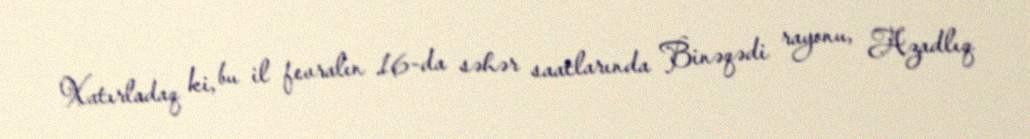
Xatırladaq ki, bu il fevralın 16-da səhər saatlarında Binəqədi rayonu, Azadlıq